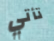
تأتي